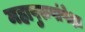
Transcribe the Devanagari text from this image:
महापुरुषांपेक्षा